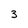
Character: 3